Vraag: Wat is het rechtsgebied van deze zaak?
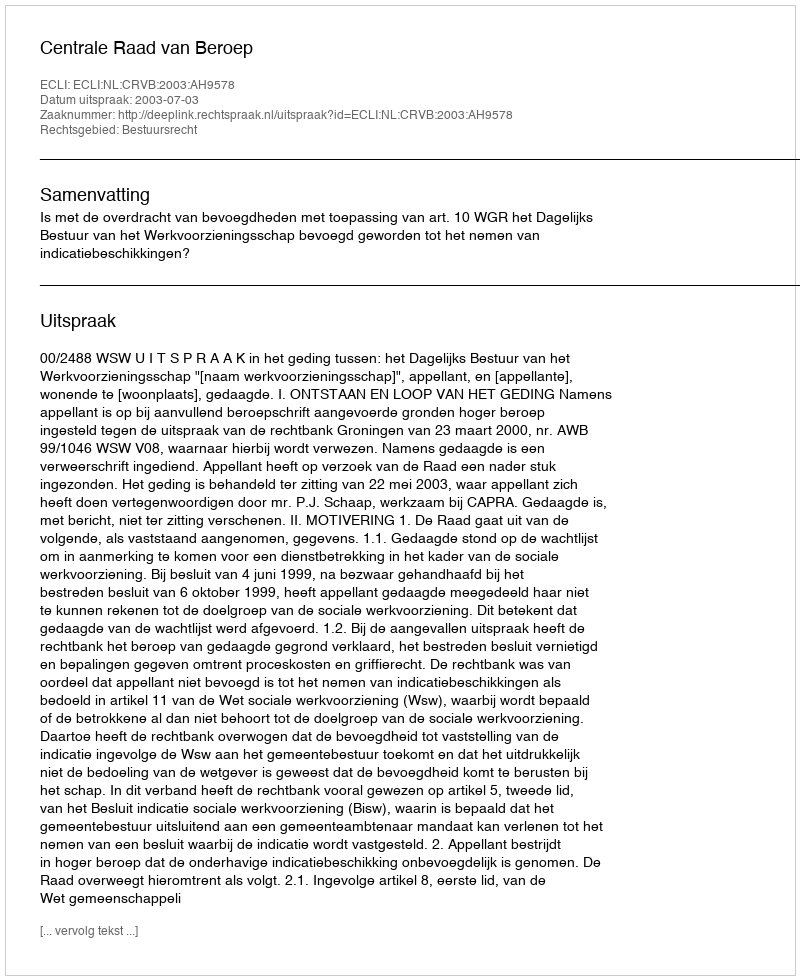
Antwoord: Bestuursrecht